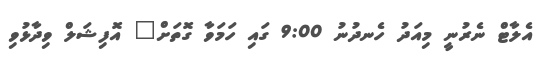
އެލާޓް ނެރުނީ މިއަދު ހެނދުނު 9:00 ގައި ހަމަވާ ގޮތަށް" އޮފިޝަލް ވިދާޅުވި